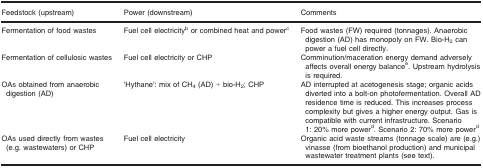
<table><thead><tr><td><b>Feedstock (upstream)</b></td><td><b>Power (downstream)</b></td><td><b>Comments</b></td></tr></thead><tbody><tr><td>Fermentation of food wastes</td><td>Fuel cell electricityb or combined heat and powerc</td><td>Food wastes (FW) required (tonnages). Anaerobic digestion (AD) has monopoly on FW. Bio‐H<sub>2</sub> can power a fuel cell directly.</td></tr><tr><td>Fermentation of cellulosic wastes</td><td>Fuel cell electricity or CHP</td><td>Comminution/maceration energy demand adversely affects overall energy balancee. Upstream hydrolysis is required.</td></tr><tr><td>OAs obtained from anaerobic digestion (AD)</td><td>‘Hythane’: mix of CH<sub>4</sub> (AD) + bio‐H<sub>2</sub>; CHP</td><td>AD interrupted at acetogenesis stage; organic acids diverted into a bolt‐on photofermentation. Overall AD residence time is reduced. This increases process complexity but gives a higher energy output. Gas is compatible with current infrastructure. Scenario 1: 20% more powerd. Scenario 2: 70% more power<sup>d</sup></td></tr><tr><td>OAs used directly from wastes (e.g. wastewaters) or CHP</td><td>Fuel cell electricity</td><td>Organic acid waste streams (tonnage scale) are (e.g.) vinasse (from bioethanol production) and municipal wastewater treatment plants (see text).</td></tr></tbody></table>